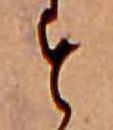
す